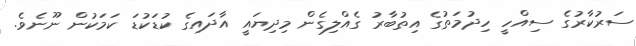
ސަރުކާރުގެ ސިއްހީ ހިދުމަތުގެ އިތުބާރު ގެއްލިގެން މިދިޔައީ އާދައިގެ ކުޑަކުޑަ ކަމަކުން ނޫނެވެ.